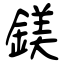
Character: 鎂